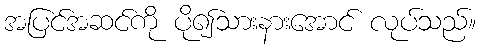
အပြင်အဆင်ကို ပို၍သားနားအောင် လုပ်သည်။